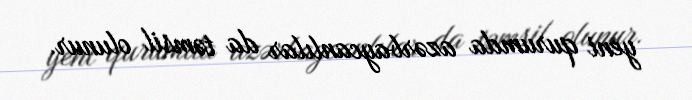
yeni qurumda azərbaycanlılar da təmsil olunur.